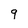
Character: 9